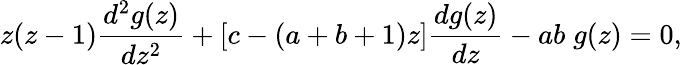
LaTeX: z(z-1)\frac{d^{2}g(z)}{dz^{2}}+[c-(a+b+1)z]\frac{dg(z)}{dz}-ab\; g(z)=0,